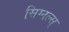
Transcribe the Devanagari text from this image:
सिग्नल्स्